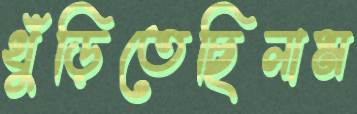
খুঁড়িতেছিলাম